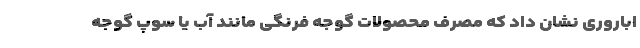
اباروری نشان داد که مصرف محصولات گوجه فرنگی مانند آب یا سوپ گوجه